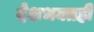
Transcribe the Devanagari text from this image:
देशभक्तही